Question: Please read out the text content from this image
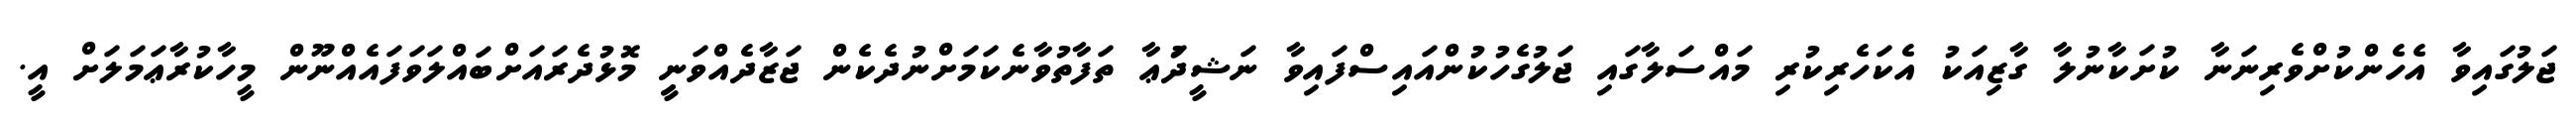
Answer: ޖަލުގައިވާ އެހެންކުށްވެރިނަނާ ކުށަކާނުލާ ގާޒިއަކު އެކަހެރިކުރި މައްސަލާގައި ޖަލުގެހުކުންއައިސްފައިވާ ނަޝީދުަޢާ ތަފާތުވާނެކަމަށްނުދެކެން ޖަޒާދެއްވަނިީ މޮޅުދެރައަށްބައްލަވަފައެއްނޫން މީހާކުރާޢަމަލަށް އީ.